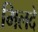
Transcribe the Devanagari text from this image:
मिलदे